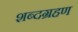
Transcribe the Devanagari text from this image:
शब्दग्रहण